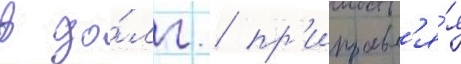
в до́лг / пр'иправл'я́я